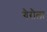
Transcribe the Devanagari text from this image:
गैरौला